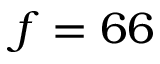
f = 6 6